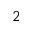
2